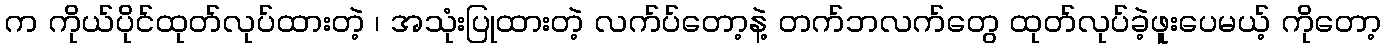
က ကိုယ်ပိုင်ထုတ်လုပ်ထားတဲ့ ၊ အသုံးပြုထားတဲ့ လက်ပ်တော့နဲ့ တက်ဘလက်တွေ ထုတ်လုပ်ခဲ့ဖူးပေမယ့် ကိုတော့